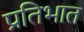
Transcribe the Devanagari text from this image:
प्रतिभात